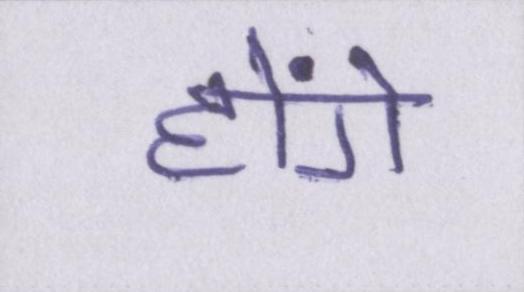
होंगे